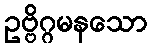
ဥဗ္ဗိဂ္ဂမနသော